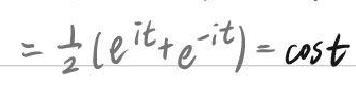
$=\frac{1}{2}(e^{it}+e^{-it})=\cos t$